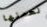
لعملها